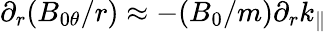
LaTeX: \partial_{r}(B_{0\theta}/r)\approx-(B_{0}/m)\partial_{r}k_{\parallel}